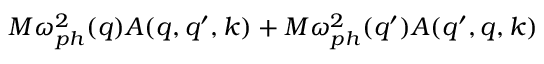
M \omega _ { p h } ^ { 2 } ( q ) A ( q , q ^ { \prime } , k ) + M \omega _ { p h } ^ { 2 } ( q ^ { \prime } ) A ( q ^ { \prime } , q , k )